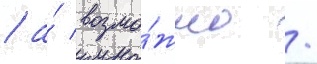
/ а́ возмо́жно /